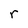
Character: r